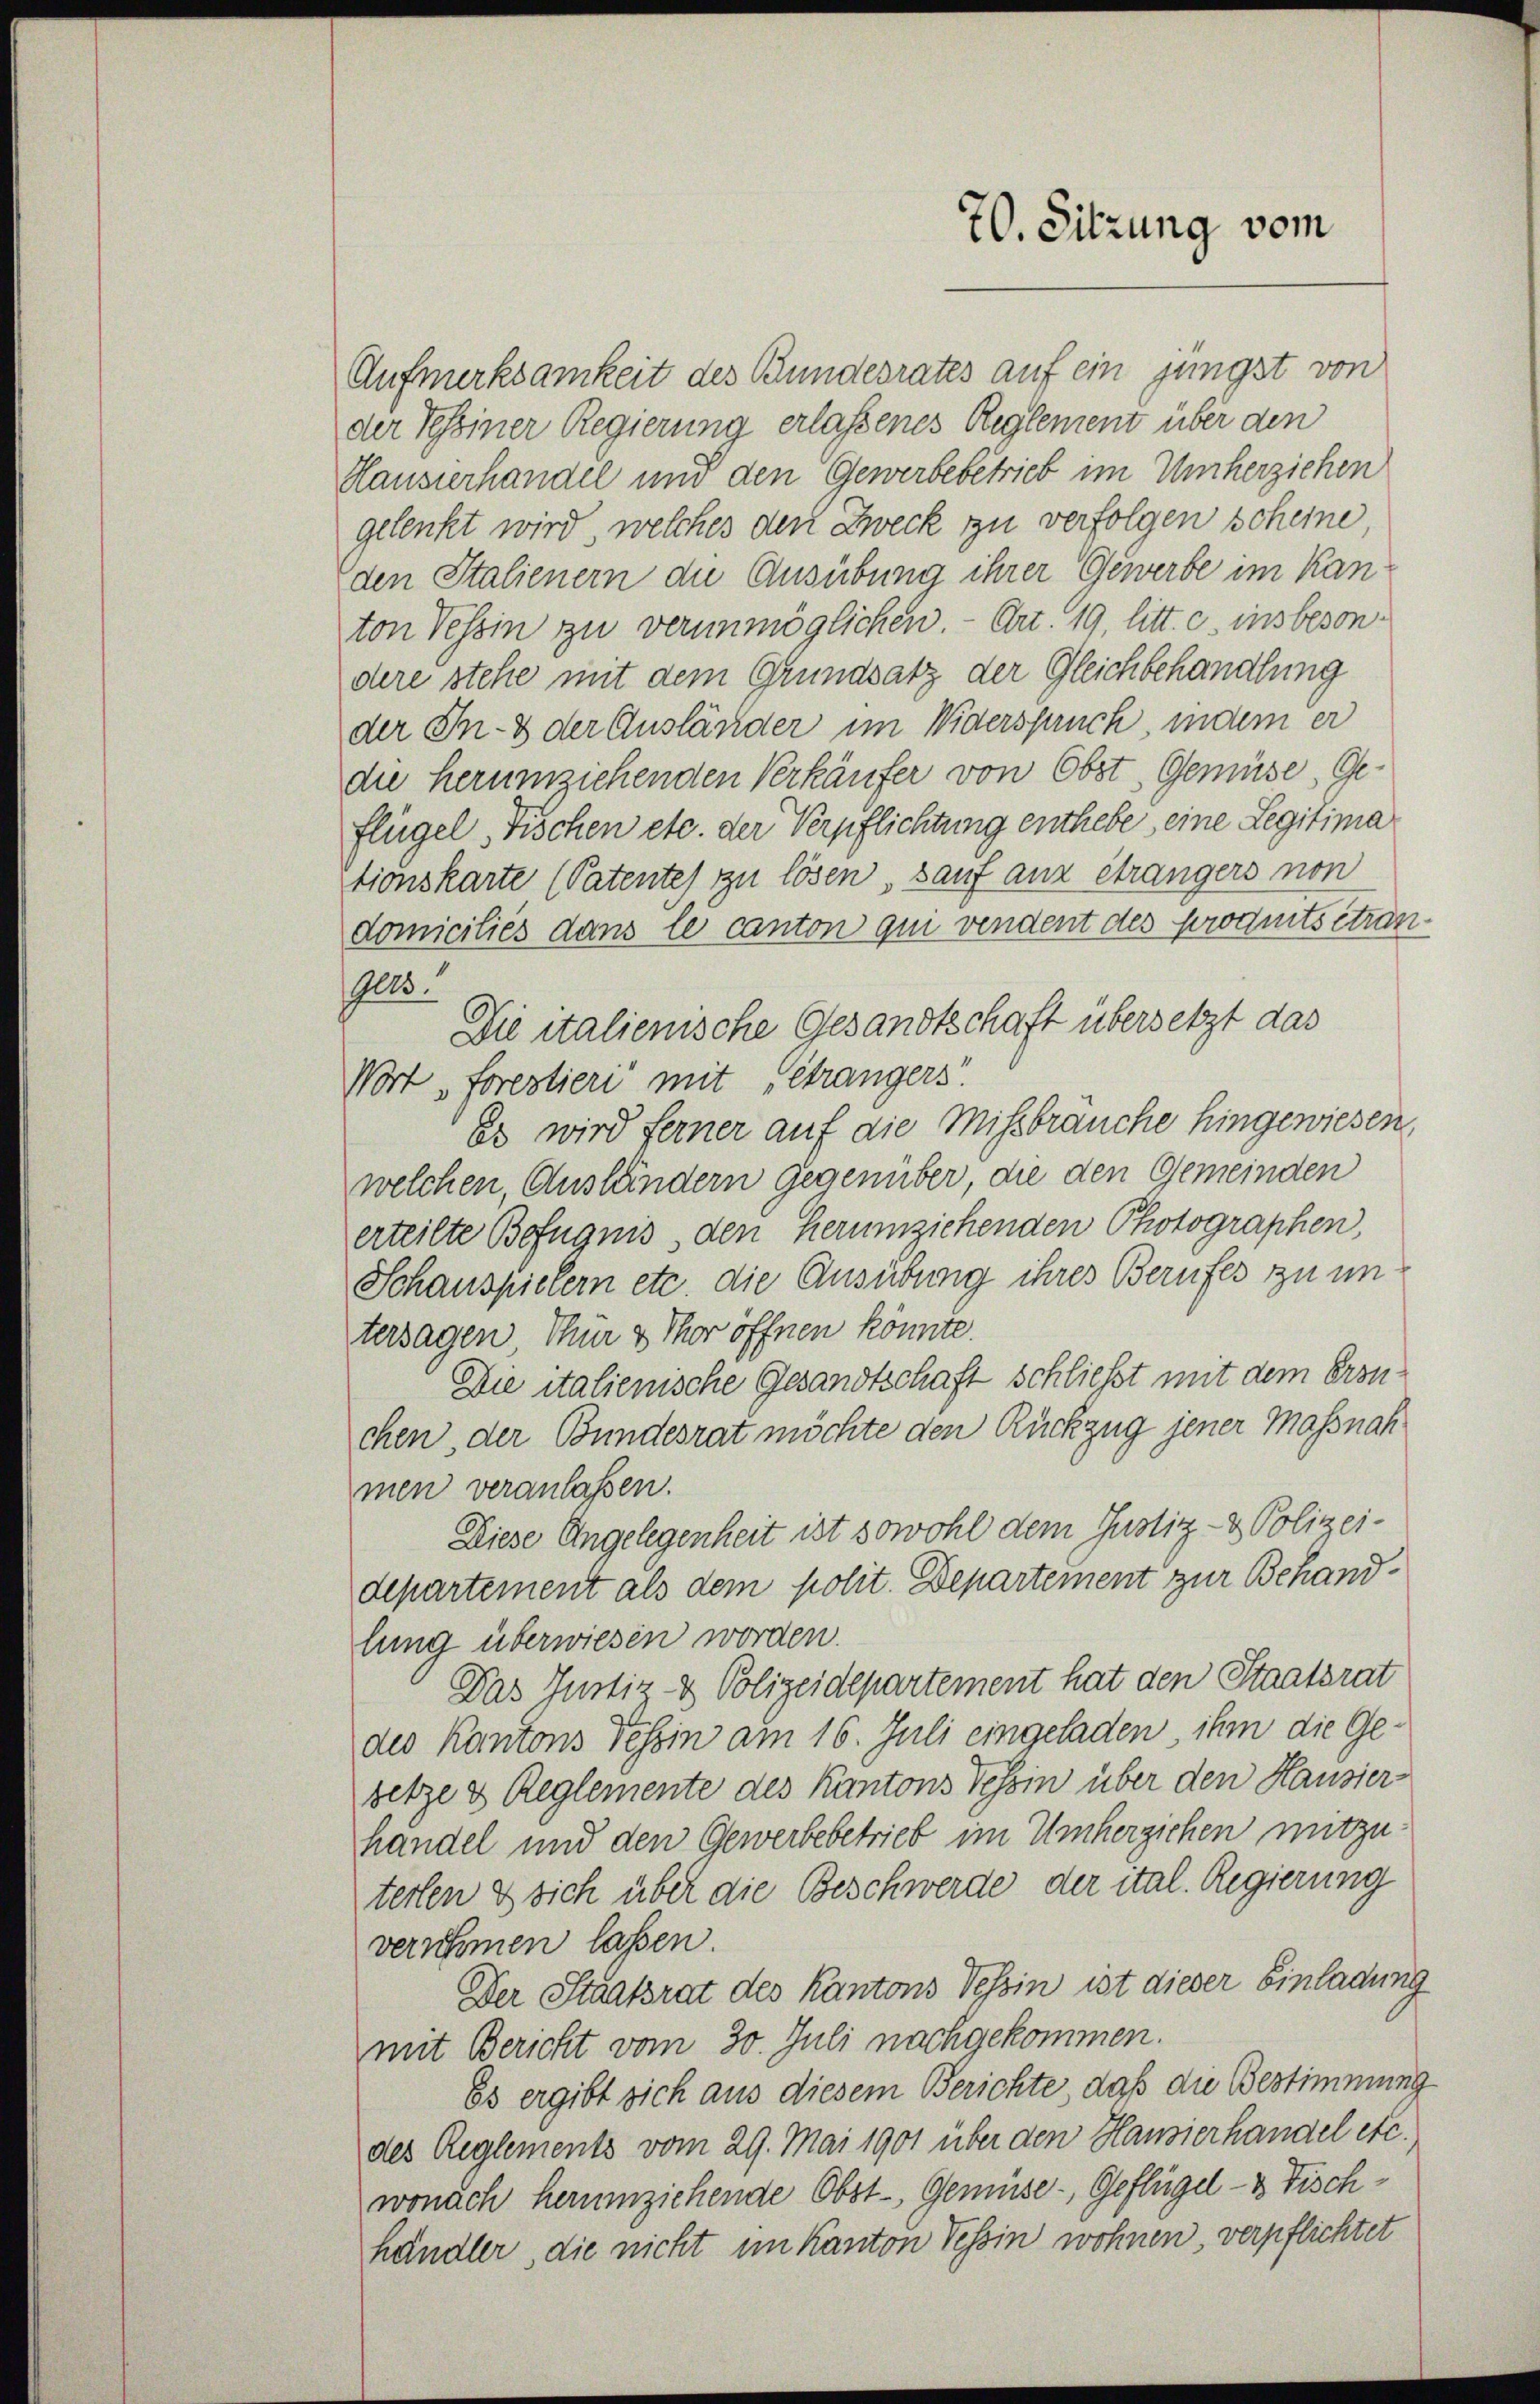
Aufmerksamkeit des Bundesrates auf ein jüngst von
der Tessiner Regierung erlassenes Reglement über den
Hausierhandel und den Gewerbebetrieb im Umherziehen
gelenkt wird, welches den Zweck zu verfolgen scheine
den Italienern die Ausübung ihrer Gewerbe im Kanton Tessin zu verunmöglichen. - Art. 19, litt. c. insbesondere stehe mit dem Grundsatz der Gleichbehandlung
der In- & der Ausländer im Widerspruch, indem er
die herumziehenden Verkäufer von Obst, Gemüse, Ge-
flügel Fischen etc. der Verpflichtung enthebe, eine Legitima
tionskarte (Patente) zu lösen, sauf aux étrangers non
domiciliés dans le canton qui vendent des Produits étran¬
9023.
Die italienische Gesandtschaft übersetzt das
Wort „forestieri mit Geträngers.
es wird ferner auf die Missbrauche hingewiesen,
welchen, Ausländern Gegenüber, die den Gemeinden
erteilte Befugnis den Herumziehenden Photographen,
Schauspielern etc. die Ausübung ihres Berufes zu untersagen, Thür & Thor öffnen könnte.
Die italienische Gesandtschaft schließt mit dem Eronchen, der Bundesrat möchte den Rückzug jener Massnah
men veranlassen.
Diese Angelegenheit ist sowohl dem Justiz- & Polizei-
departement als dem polit. Departement zur Behandlung überwiesen worden.
Das Justiz- & Polizeidepartement hat den Staatsrat
des Kantons Tessin am 16. Juli eingeladen, ihm die Gesetze & Reglemente des Kantons Tessin über den Hausier
handel und den Gewerbebetrieb im Umherzichen mitzuterten & sich über die Beschwerde der ital. Regierung
verschmen lassen.
Der Staatsrat des Kantons Tessin ist dieser Einladung
mit Bericht vom 30. Juli nachgekommen.
Es ergibt sich aus diesem Berichte, daß die Bestimmung
des Reglements vom 29. Mai 1901 über den Hausierhandel etc.
wonach herumziehende Obst- Gemüse- Geflügel- & Fischhändler, die nicht im Kanton Tessin wohnen, verpflichtet

70. Sitzung vom